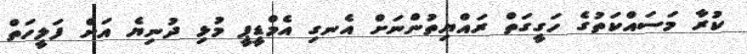
ކުރާ މަސައްކަތުގެ ހަގީގަތް ރައްޔިތުންނަށް އެނގި އެމްޑީޕީ މުޅި ދުނިޔެ އަށް ފަލީހަތް